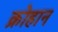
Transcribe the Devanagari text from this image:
क्रोहान